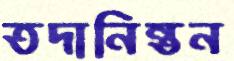
তদানিন্তন